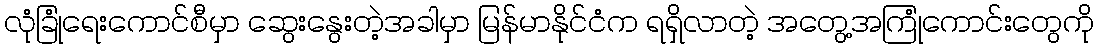
လုံခြုံရေးကောင်စီမှာ ဆွေးနွေးတဲ့အခါမှာ မြန်မာနိုင်ငံက ရရှိလာတဲ့ အတွေ့အကြုံကောင်းတွေကို